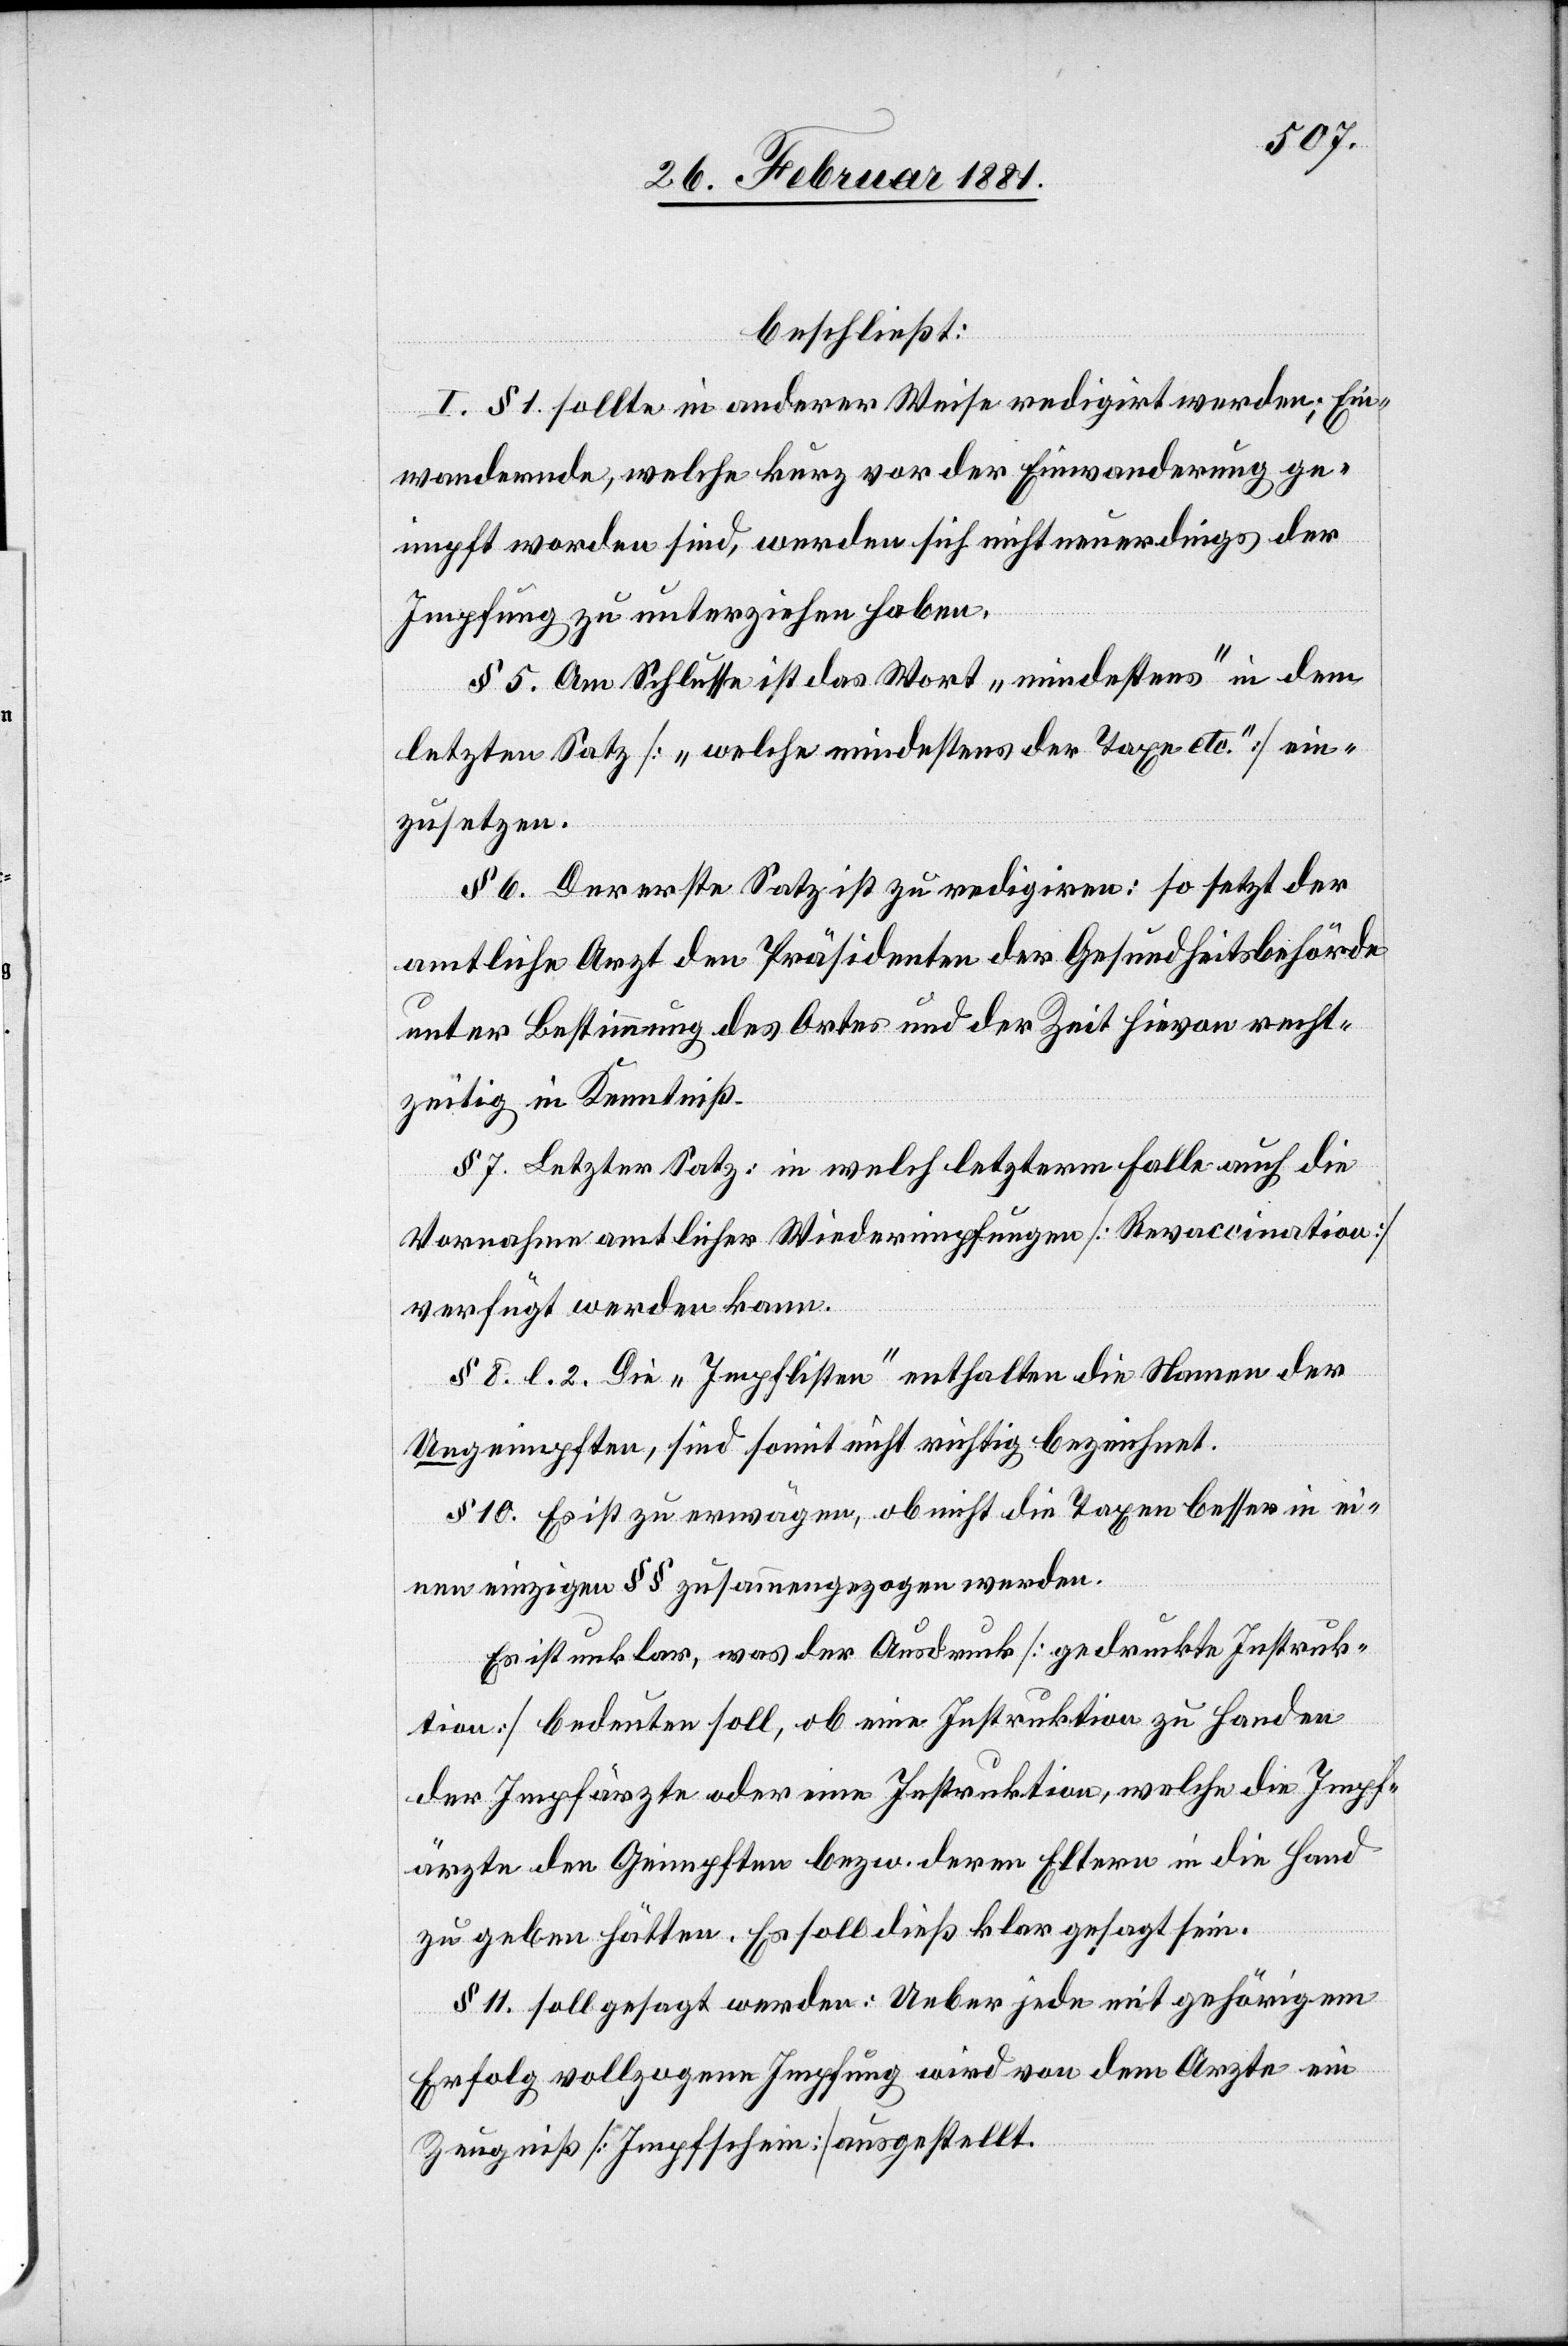
beschließt:
I. § 1. sollte in anderer Weise redigirt werden; Ein¬
wandernde, welche kurz vor der Einwanderung ge¬
impft worden sind, werden sich nicht neuerdings der
Impfung zu unterziehen haben.
§ 5. Am Schlusse ist das Wort „mindestens“ in dem
letzten Satz [„welche mindestens der Taxe etc.“] ein¬
zusetzen.
§ 6. Der erste Satz ist zu redigiren: so setzt der
amtliche Arzt den Präsidenten der Gesundheitsbehörde
unter Bestimmung des Ortes und der Zeit hievon recht¬
zeitig in Kenntniß.
§ 7. Letzter Satz: in welch letzterm Falle auch die
Vornahme amtlicher Wiederimpfungen [Revaccination]
verfügt werden kann.
§ 8. l 2. Die „Impflisten“ enthalten die Namen der
Ungeimpften, sind somit nicht richtig bezeichnet.
§ 10. Es ist zu erwägen, ob nicht die Taxen besser in ei¬
nen einzigen §§ zusammengezogen werden.
Es ist unklar was der Ausdruck [gedruckte Instruk¬
tion] bedeuten soll, ob eine Instruktion zu Handen
der Impfärzte oder eine Instruktion, welche die Impf¬
ärzte den Geimpften bezw. deren Eltern in die Hand
zu geben hätten. Es soll dieß klar gesagt sein.
§ 11. soll gesagt werden: Ueber jedem mit gehörigem
Erfolg vollzogene Impfung wird von dem Arzte ein
Zeugniß [Impfschein] ausgestellt.